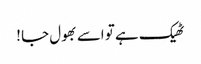
ٹھیک ہے تو اسے بھول جا !